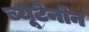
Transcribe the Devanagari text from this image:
ब्यूटेनोन